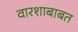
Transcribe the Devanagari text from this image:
वारशाबाबत